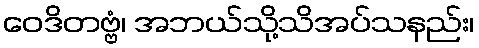
ဝေဒိတဗ္ဗံ၊ အဘယ်သို့သိအပ်သနည်း၊